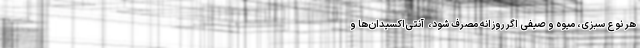
هر نوع سبزی، میوه و صیفی اگر روزانه مصرف شود، ‌ آنتی‌اکسیدان‌ها و